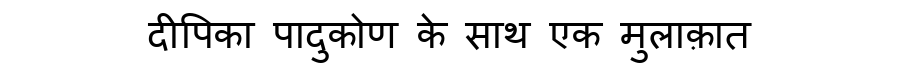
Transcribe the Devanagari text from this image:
दीपिका पादुकोण के साथ एक मुलाक़ात